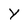
Character: y